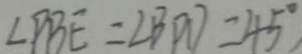
\angle P B E = \angle B P D = 4 5 ^ { \circ }